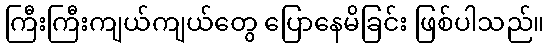
ကြီးကြီးကျယ်ကျယ်တွေ ပြောနေမိခြင်း ဖြစ်ပါသည်။